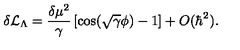
\delta { \cal { L } } _ { \Lambda } = \frac { \delta \mu ^ { 2 } } { \gamma } \left[ \cos ( \sqrt { \gamma } \phi ) - 1 \right] + O ( \hbar ^ { 2 } ) .